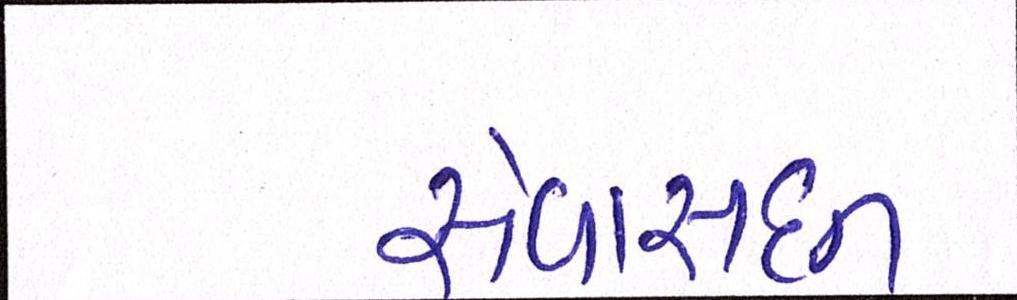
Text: સેવાસદન